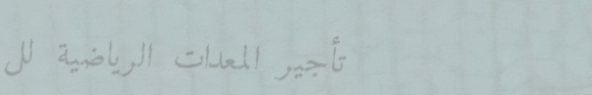
تأجير المعدات الرياضية لل